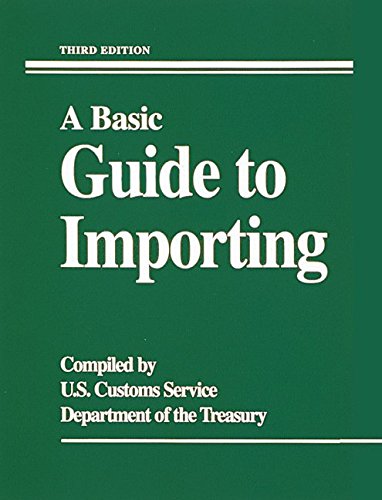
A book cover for A Basic Guide To Importing; U.S. Customs Service; Business & Money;